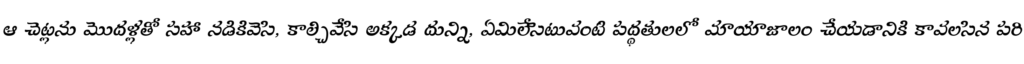
ఆ చెట్లను మొదళ్లతో సహా నడికివెసి, కాల్చివేసి అక్కడ దున్ని, ఏమిలేసెటువంటి పద్ధతులలో మాయాజాలం చేయడానికి కావలసిన పరి